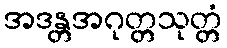
အဒန္တအဂုတ္တသုတ္တံ